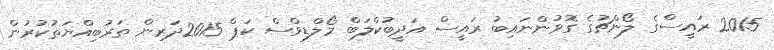
2015 ރައީސްގެ ލޯންޗުގެ ގޮވުންނައިބު ރައީސް އަދީބުކްލަބް މޯލްޑިވްސް ކަޕް 2015ދަރިން ތަރުބިއްޔަތުކުރުން